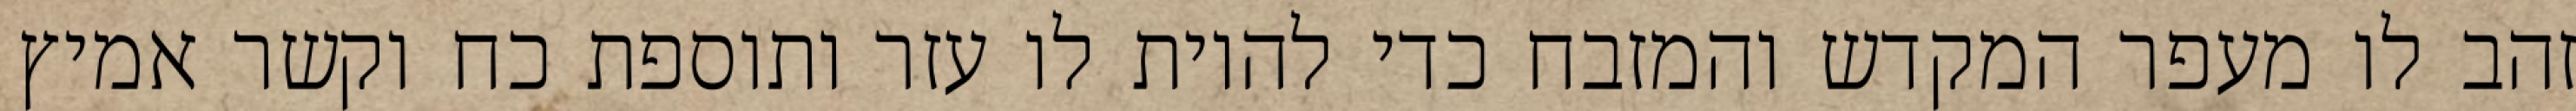
זהב לו מעפר המקדש והמזבח כדי להיות לו עזר ותוספת כח וקשר אמיץ